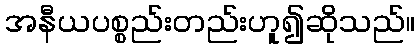
အနီယပစ္စည်းတည်းဟူ၍ဆိုသည်။